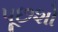
પૂછશો